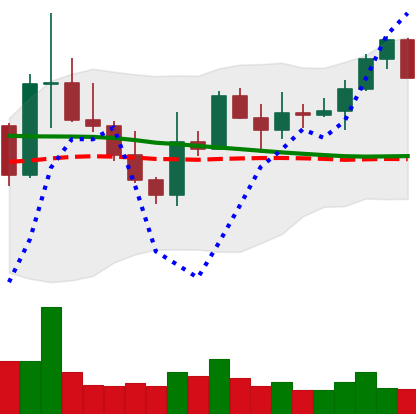
Ticker: XLM-USD
Chart end date: 2022-10-10
Forward return: -9.631%
Label: down_7plus